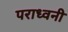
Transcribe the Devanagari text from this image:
पराध्वनी